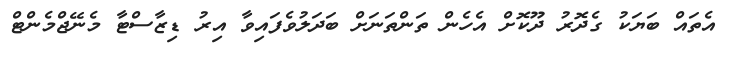
އެތައް ބަޔަކު ގެދޮރު ދޫކޮށް އެހެން ތަންތަނަށް ބަދަލުވެފައިވާ އިރު ޑިޒާސްޓާ މެނޭޖްމެންޓް